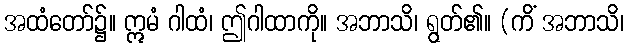
အထံတော်၌။ ဣမံ ဂါထံ၊ ဤဂါထာကို။ အဘာသိ၊ ရွတ်၏။ (ကိံ အဘာသိ၊